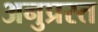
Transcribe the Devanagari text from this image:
अनुप्रस्त